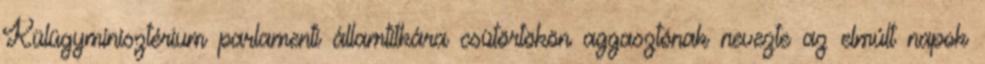
Külügyminisztérium parlamenti államtitkára csütörtökön aggasztónak nevezte az elmúlt napok